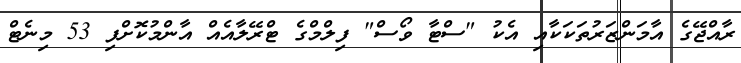
ރާއްޖޭގެ އާމަންޒަރުތަކަކާއި އެކު "ސްޓާ ވޯސް" ފިލްމްގެ ޓްރޭލާއެއް އާންމުކޮށްފި 53 މިނެޓް